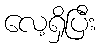
လေ့ရှိပြီး